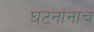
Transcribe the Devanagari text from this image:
घटनांनाच